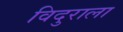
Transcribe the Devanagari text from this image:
विदुराला